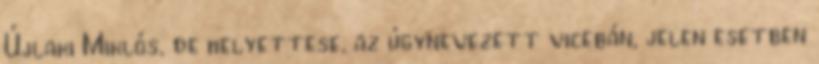
Újlaki Miklós, de helyettese, az úgynevezett vicebán, jelen esetben